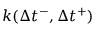
k ( \Delta { t } ^ { - } , \Delta { t } ^ { + } )